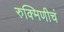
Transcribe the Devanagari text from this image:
रुक्मिणीचं